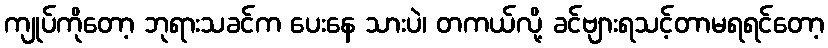
ကျုပ်ကိုတော့ ဘုရားသခင်က ပေးနေ သားပဲ၊ တကယ်လို့ ခင်ဗျားရသင့်တာမရရင်တော့